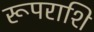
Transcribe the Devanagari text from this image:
रूपराशि